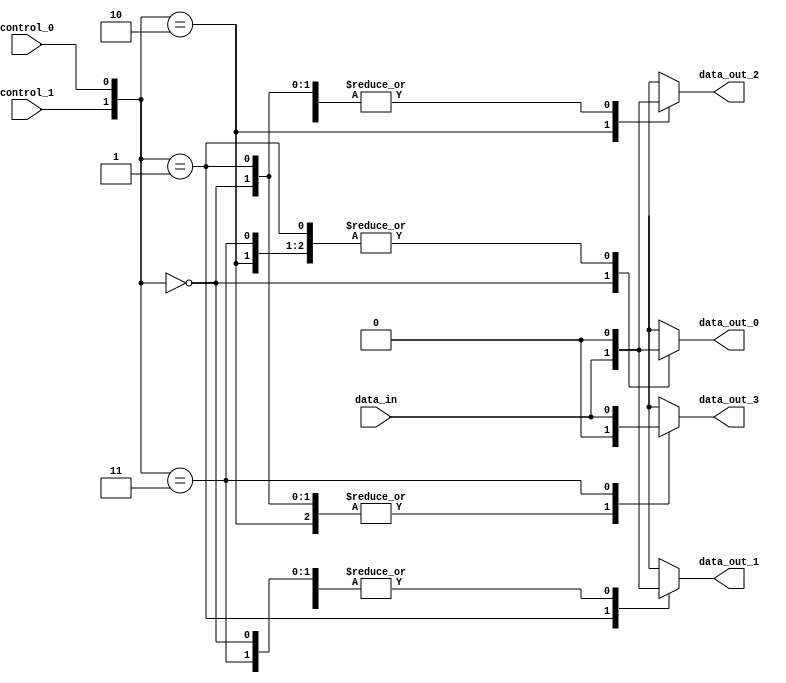
module demux_1to4 (
    input data_in,
    input control_1,
    input control_0,
    output reg data_out_0,
    output reg data_out_1,
    output reg data_out_2,
    output reg data_out_3
);

always @ (*) begin
    case ({control_1, control_0})
        2'b00: begin
            data_out_0 = data_in;
            data_out_1 = 1'b0;
            data_out_2 = 1'b0;
            data_out_3 = 1'b0;
        end
        2'b01: begin
            data_out_0 = 1'b0;
            data_out_1 = data_in;
            data_out_2 = 1'b0;
            data_out_3 = 1'b0;
        end
        2'b10: begin
            data_out_0 = 1'b0;
            data_out_1 = 1'b0;
            data_out_2 = data_in;
            data_out_3 = 1'b0;
        end
        2'b11: begin
            data_out_0 = 1'b0;
            data_out_1 = 1'b0;
            data_out_2 = 1'b0;
            data_out_3 = data_in;
        end
    endcase
end

endmodule